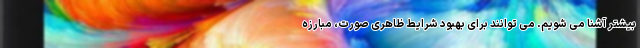
بیشتر آشنا می شویم. می توانند برای بهبود شرایط ظاهری صورت، مبارزه